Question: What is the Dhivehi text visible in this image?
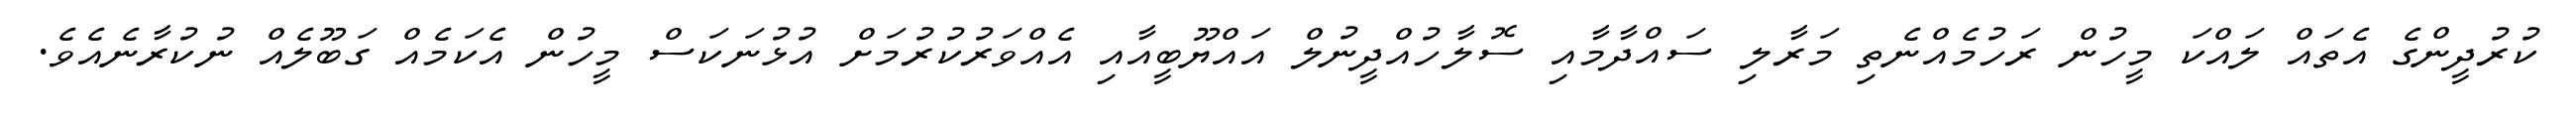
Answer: ކުރުދީންގެ އެތައް ލައްކަ މީހުން ރަހުމެއްނެތި މަރާލި ސައްދާމާއި ސޮލާހުއްދީނުލް އައްޔޫބީއާއި އެއްވަރުކުރުމަށް އުޅުނަކަސް މީހުން އެކަމެއް ގަބޫލެއް ނުކުރާނެއެވެ.